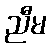
ညီမ